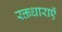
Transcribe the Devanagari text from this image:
रक्तधाराऍं